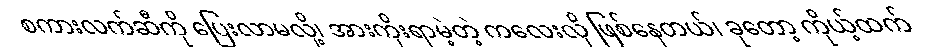
စကားလက်ဆီကို ပြေးလာမလို့၊ အားကိုးရာမဲ့တဲ့ ကလေးလို ဖြစ်နေတယ်၊ ခုတော့ ကိုယ့်ထက်